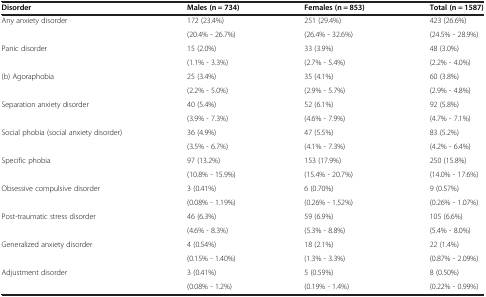
<table><thead><tr><td><b>Disorder</b></td><td><b>Males (n = 734)</b></td><td><b>Females (n = 853)</b></td><td><b>Total (n = 1587)</b></td></tr></thead><tbody><tr><td rowspan="2">Any anxiety disorder</td><td>172 (23.4%)</td><td>251 (29.4%)</td><td>423 (26.6%)</td></tr><tr><td>(20.4% - 26.7%)</td><td>(26.4% - 32.6%)</td><td>(24.5% - 28.9%)</td></tr><tr><td rowspan="2">Panic disorder</td><td>15 (2.0%)</td><td>33 (3.9%)</td><td>48 (3.0%)</td></tr><tr><td>(1.1% - 3.3%)</td><td>(2.7% - 5.4%)</td><td>(2.2% - 4.0%)</td></tr><tr><td rowspan="2">(b) Agoraphobia</td><td>25 (3.4%)</td><td>35 (4.1%)</td><td>60 (3.8%)</td></tr><tr><td>(2.2% - 5.0%)</td><td>(2.9% - 5.7%)</td><td>(2.9% - 4.8%)</td></tr><tr><td rowspan="2">Separation anxiety disorder</td><td>40 (5.4%)</td><td>52 (6.1%)</td><td>92 (5.8%)</td></tr><tr><td>(3.9% - 7.3%)</td><td>(4.6% - 7.9%)</td><td>(4.7% - 7.1%)</td></tr><tr><td rowspan="2">Social phobia (social anxiety disorder)</td><td>36 (4.9%)</td><td>47 (5.5%)</td><td>83 (5.2%)</td></tr><tr><td>(3.5% - 6.7%)</td><td>(4.1% - 7.3%)</td><td>(4.2% - 6.4%)</td></tr><tr><td rowspan="2">Specific phobia</td><td>97 (13.2%)</td><td>153 (17.9%)</td><td>250 (15.8%)</td></tr><tr><td>(10.8% - 15.9%)</td><td>(15.4% - 20.7%)</td><td>(14.0% - 17.6%)</td></tr><tr><td rowspan="2">Obsessive compulsive disorder</td><td>3 (0.41%)</td><td>6 (0.70%)</td><td>9 (0.57%)</td></tr><tr><td>(0.08% - 1.19%)</td><td>(0.26% - 1.52%)</td><td>(0.26% - 1.07%)</td></tr><tr><td rowspan="2">Post-traumatic stress disorder</td><td>46 (6.3%)</td><td>59 (6.9%)</td><td>105 (6.6%)</td></tr><tr><td>(4.6% - 8.3%)</td><td>(5.3% - 8.8%)</td><td>(5.4% - 8.0%)</td></tr><tr><td rowspan="2">Generalized anxiety disorder</td><td>4 (0.54%)</td><td>18 (2.1%)</td><td>22 (1.4%)</td></tr><tr><td>(0.15% - 1.40%)</td><td>(1.3% - 3.3%)</td><td>(0.87% - 2.09%)</td></tr><tr><td>Adjustment disorder</td><td>3 (0.41%)</td><td>5 (0.59%)</td><td>8 (0.50%)</td></tr><tr><td> </td><td>(0.08% - 1.2%)</td><td>(0.19% - 1.4%)</td><td>(0.22% - 0.99%)</td></tr></tbody></table>